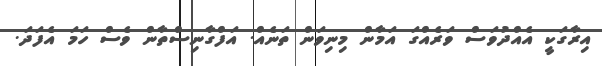
އިރާގަކީ އެއްދުވަސް ވަރެއްގަ އަމާން މިނިވަން ތަނެއް. އަފްގާނިސްތާން ވެސް ހަމަ އެފަދަ.